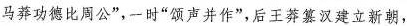
马莽功德比周公”，一时”领声并作”，后王莽篡汉建立新朝，